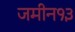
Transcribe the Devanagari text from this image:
जमीन१३